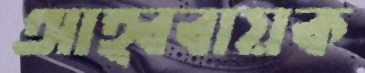
আহ্ববায়ক